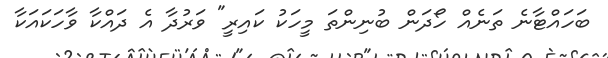
ބަހައްޓާނެ ތަނެއް ހޯދަން ބުނިންތަ މީހަކު ކައިރީ" ވަރުދާ އެ ދައްކާ ވާހަކައަކާ